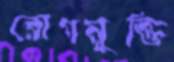
রোগমুক্তি